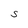
Character: S